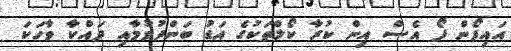
އައިފޯން ފޯ އެސް އިން ކުރާ ކޯލްތަކުގެ އަޑު ބަންދުވުމާއި ދައްކާ ވާހަކަ